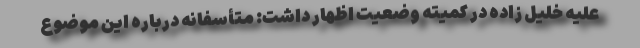
علیه خلیل زاده در کمیته وضعیت اظهار داشت: متأسفانه درباره این موضوع